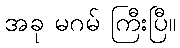
အခု မဂမ် ကြီးပြီ။